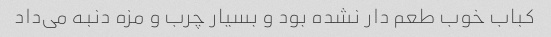
کباب خوب طعم دار نشده بود و بسیار چرب و مزه دنبه می‌داد